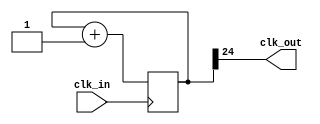
`timescale 1ns / 1ps
//////////////////////////////////////////////////////////////////////////////////
// Company: 
// Engineer: 
// 
// Design Name: 
// Module Name:    clk_div 
// Project Name: 
// Target Devices: 
// Tool versions: 
// Description: 
//
// Dependencies: 
//
// Revision: 
// Revision 0.01 - File Created
// Additional Comments: 
//
//////////////////////////////////////////////////////////////////////////////////
module clk_div
#(parameter BITS = 25)
(
    input  wire clk_in,
    output wire clk_out
);

reg [BITS:1] cnt;

initial
begin
	cnt = 0;
end;

assign clk_out = cnt[BITS];

always@(posedge clk_in)
begin
	cnt[BITS:1] <= cnt[BITS:1] + 1'b1;
end;

endmodule